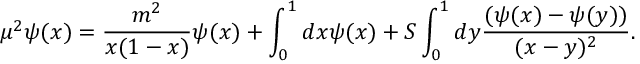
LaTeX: \mu ^ { 2 } \psi ( x ) = \frac { m ^ { 2 } } { x ( 1 - x ) } \psi ( x ) + \int _ { 0 } ^ { 1 } d x \psi ( x ) + { \cal S } \int _ { 0 } ^ { 1 } d y \frac { ( \psi ( x ) - \psi ( y ) ) } { ( x - y ) ^ { 2 } } .